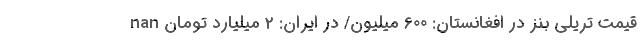
nan قیمت تریلی بنز در افغانستان: 600 میلیون/ در ایران: 2 میلیارد تومان